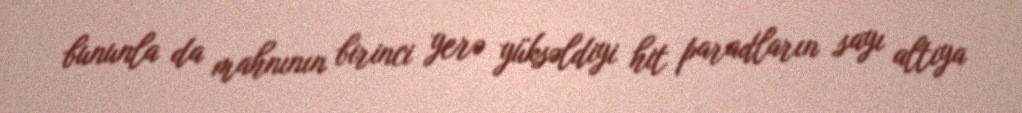
bununla da mahnının birinci yerə yüksəldiyi hit paradların sayı altıya